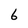
Character: 6